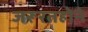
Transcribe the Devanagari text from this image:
जरूरतहोने